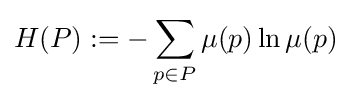
H(P):=-\sum _{p\in P}\mu (p)\ln \mu (p)